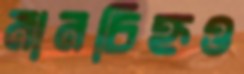
মানচিহ্নও